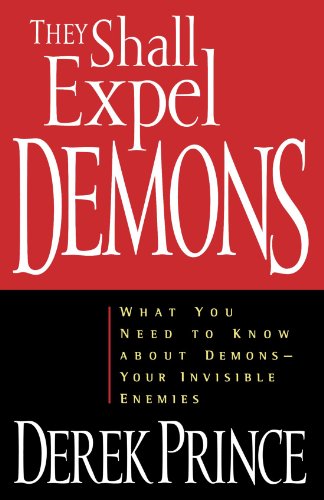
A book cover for They Shall Expel Demons: What You Need to Know about Demons - Your Invisible Enemies; Derek Prince; Christian Books & Bibles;